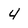
Character: 4